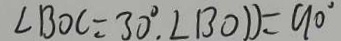
\angle B O C = 3 0 ^ { \circ } , \angle B O D = 9 0 ^ { \circ }